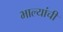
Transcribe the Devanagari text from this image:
भाल्यांची